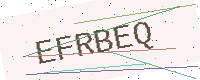
Text: EFRBEQ